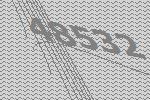
48532